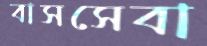
বাসসেবা